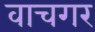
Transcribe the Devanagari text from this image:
वाचगर